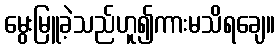
မွေးမြူခဲ့သည်ဟူ၍ကားမသိရချေ။